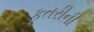
કતરીની